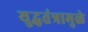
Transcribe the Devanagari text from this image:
युद्धतंत्रामुळे